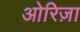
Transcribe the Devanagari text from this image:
ओरिज़ा